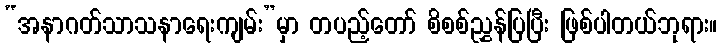
“အနာဂတ်သာသနာရေးကျမ်း”မှာ တပည့်တော် စိစစ်ညွှန်ပြပြီး ဖြစ်ပါတယ်ဘုရား။